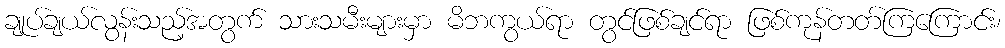
ချုပ်ချယ်လွန်းသည့်အတွက် သားသမီးများမှာ မိဘကွယ်ရာ တွင်ဖြစ်ချင်ရာ ဖြစ်ကုန်တတ်ကြကြောင်း၊